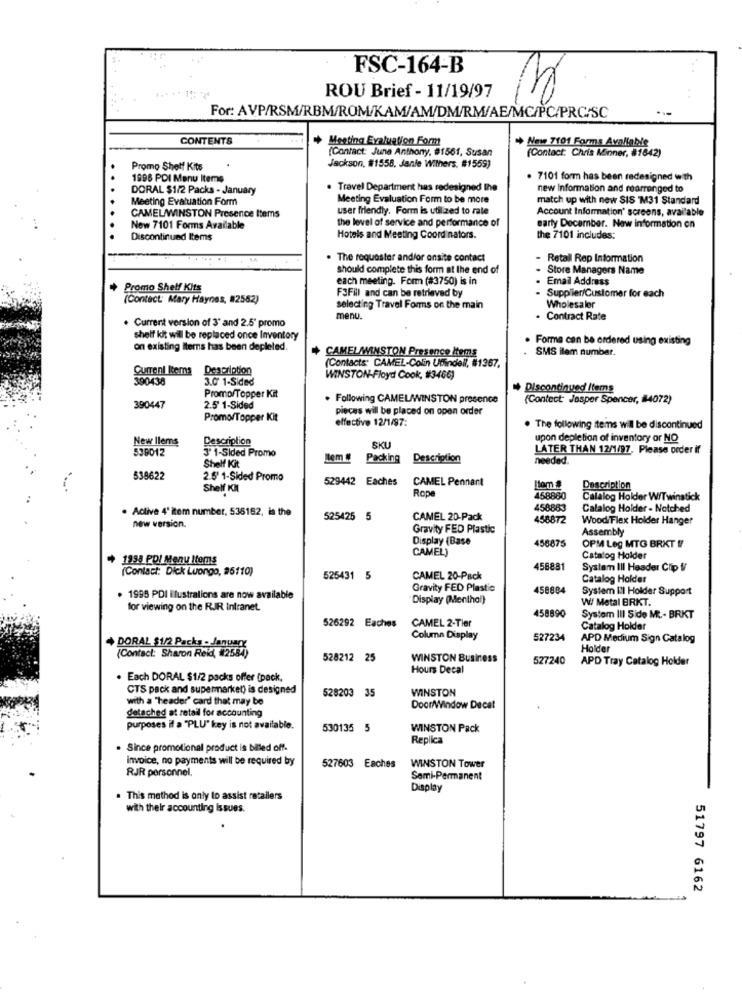
FSC-164-B
ROU Brief - 11/19/97
. .
For: AVP/RSM/RBM/ROM/KAM/AM/DM/RM/AE/MC/PC/PRC/SC
CONTENTS
Meeting Evaluation Form
New 7101 Forms Available
(Contact: June Anthony, #1561, Susan
(Contact: Chris Minner, #1642)
Promo Shelf Kits
Jackson, #1558, Janle Withers. #1559)
1896 PDI Menu Items
. 7101 form has been redesigned with
DORAL $1/2 Packs - January
Travel Department has redesigned the
new Information and rearranged to
Meeting Evaluation Form
Meeting Evaluation Form to be more
match up with new SIS M31 Standard
CAMEL/WINSTON Presence Items
user friendly. Form is utilized to rate
Account Information' screens, available
the level of service and performance of
Now 7101 Forms Available
earty December. New information on
Discontinued Items
Hotels and Meeting Coordinators.
the 7101 includes:
. The requester and/or onsite contact
Retail Rep Information
should complete this form at the end of
Store Managers Name
each meeting. Form (#3750) is in
Email Address
Promo Shelf Kits
F3Fill and can be retrieved by
Supplier/Customer for each
(Contact: Mary Haynes, #2562)
selecting Travel Forms on the main
Wholesaler
Current version of 3' and 2.5" promo
menu.
Contract Rate
shelf kit wil be replaced once Inventory
Forma can be ordered using existing
on existing Items has been depleted.
CAMELAMINSTON Presence Items
SMS ilem number.
Current Items Description
(Contacts CAMEL-Colin Umindell, #1367,
390438
3.0 1-Sided
WINSTON-Floyd Cook, #3466)
Discontinued Items
Promo/Topper Kit
. Following CAMELAWINSTON presence
(Contect Jasper Spencer, 84072)
390447
2.5 1-Sided
pieces will be placed on open order
Promo/Topper Kit
effective 12/1/97:
The following items will be discontinued
New Ilems
Description
upon depletion of inventory or NO
539012
3' 1-Sided Promo
SKU
LATER THAN 12/1/97, Please order if
Nem #
Packing
Description
needed.
Shelf Kit
538622
2.5' 1-Sided Promo
529442 Eaches
CAMEL Pennant
Shelf KM
Rope
Som #
Description
458860
Calalog Holder W/Twinstick
. Active 4' Rem number, 538162, is the
458883
Calalog Holder - Notched
new version.
525425 5
CAMEL 20-Pack
458872
Wood Flex Holder Hanger
Gravity FED Plastic
Assembly
Display (Base
456875
CAMEL)
OPM Leg MTG BRKT !/
1998 PDI Menu Itemns
Catalog Holder
(Contact: Dick Luongo, #6110)
458881
System III Header Clip V/
525431 5
CAMEL 20-Pack
Catalog Holder
Gravity FED Plastic
458804
System III Holder Support
. 1998 PDI ilustralions are now available
Display (Menthal)
W/ Metal BRKT.
for viewing on the RIR Intranet.
458890
526292 Eaches
CAMEL 2-Tier
Systom III Side M ... BRKT
Catalog Holder
DORAL $1/2 Packs - Januar
Column Display
527234
APD Medium Sign Catalog
(Contact: Sharon Reid, #2584)
Holder
528212 25
WINSTON Business
527240
APD Tray Catalog Holder
Hours Decal
Each DORAL $1/2 packs offer (pack,
CTS pack and supermarket) is designed
WINSTON
with a "header' card that may be
528203 3
detached at retail for accounting
Door/Window Decat
purposes if a "PLU" key is not available.
530135 5
WINSTON Pack
Replica
Since promotional product is billed off-
invoice, no payments will be required by
RJR personnel,
527603 Eaches
WINSTON Tower
Semi-Permanent
Display
. This method is only to assist retailers
with their accounting Issues.
51797 6162